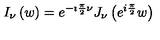
I _ { \nu } \left( w \right) = e ^ { { - \imath \frac { \pi } { 2 } \nu } } J _ { \nu } \left( e ^ { { i \frac { \pi } { 2 } } } w \right)